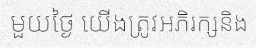
មួយថ្ងៃ យើងត្រូវអភិរក្សនិង